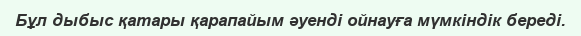
Бұл дыбыс қатары қарапайым әуенді ойнауға мүмкіндік береді.